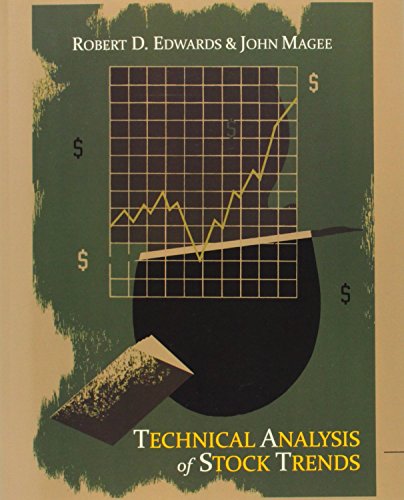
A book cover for Technical Analysis of Stock Trends; Robert D. Edwards; Business & Money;